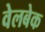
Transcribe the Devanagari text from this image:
वेलबेक